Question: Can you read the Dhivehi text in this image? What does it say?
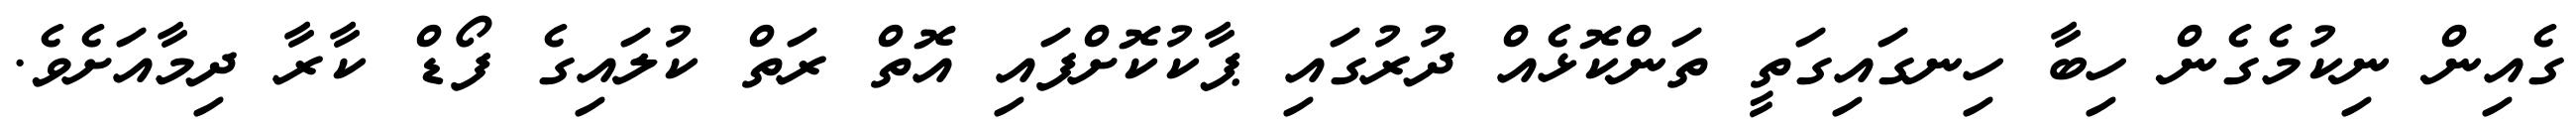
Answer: ގެއިން ނިކުމެގެން ހިބާ ހިނގައިގަތީ ތަންކޮޅެއް ދުރުގައި ޕާކުކޮށްފައި އޮތް ރަތް ކުލައިގެ ފޯޑް ކާރާ ދިމާއަށެވެ.